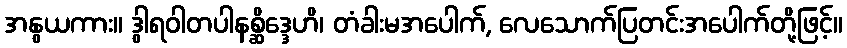
အနွယကား။ ဒွါရဝါတပါနစ္ဆိဒ္ဒေဟိ၊ တံခါးမအပေါက်, လေသောက်ပြတင်းအပေါက်တို့ဖြင့်။